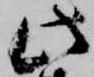
此